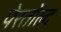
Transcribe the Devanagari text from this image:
पेरतोल्द